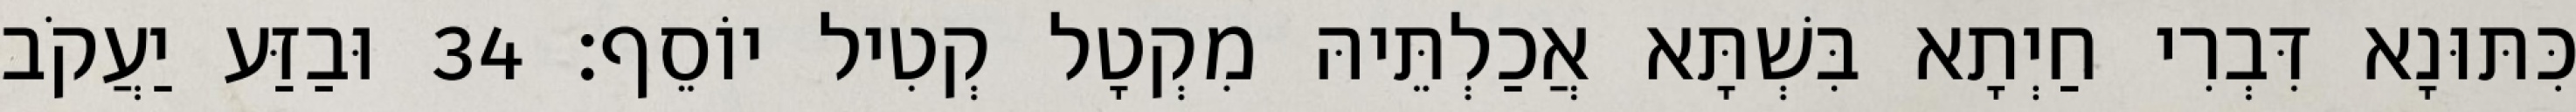
כִּתּוּנָא דִּבְרִי חַיְתָא בִּשְׁתָּא אֲכַלְתֵּיהּ מִקְטָל קְטִיל יוֹסֵף׃ 34 וּבַזַּע יַעֲקֹב